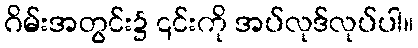
ဂိမ်းအတွင်း၌ ၎င်းကို အပ်လုဒ်လုပ်ပါ။